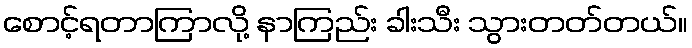
စောင့်ရတာကြာလို့ နာကြည်း ခါးသီး သွားတတ်တယ်။